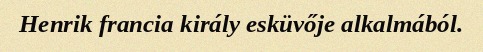
Henrik francia király esküvője alkalmából.